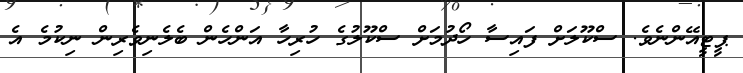
ޕީޓީއޭންނެވެ. ސްކޫލަށް ފައިސާ ހޯދުމަށް ސްކޫލުގެ ހުރިހާ އަންހެން ބެލެނިވެރިން ނިކުމެ އެ